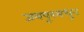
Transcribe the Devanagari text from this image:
जयपूरमधून